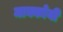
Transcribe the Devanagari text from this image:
माक्कोयी